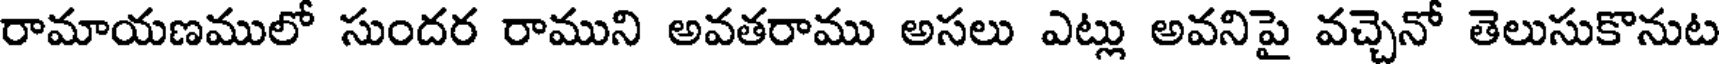
రామాయణములో సుందర రాముని అవతరాము అసలు ఎట్లు అవనిపై వచ్చెనో తెలుసుకొనుట